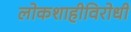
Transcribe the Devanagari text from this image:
लोकशाहीविरोधी